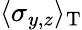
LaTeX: \langle\sigma_{y,z}\rangle_{\mathrm{T}}